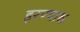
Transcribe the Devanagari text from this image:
इरण्याक्ष